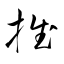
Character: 推